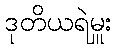
ဒုတိယရဲမှူး